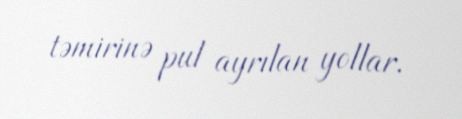
təmirinə pul ayrılan yollar.